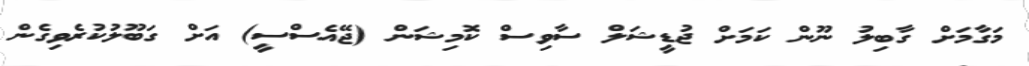
މަގާމަށް ގާބިލު ނޫން ކަމަށް ޖުޑީޝަލް ސާވިސް ކޮމިޝަން (ޖޭއެސްސީ) އަށް ގަބޫލުކުރެވިގެން